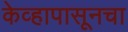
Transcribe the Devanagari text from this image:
केव्हापासूनचा